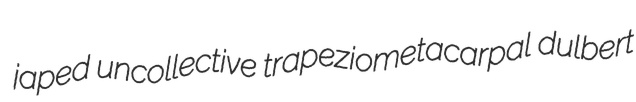
japed uncollective trapeziometacarpal dulbert